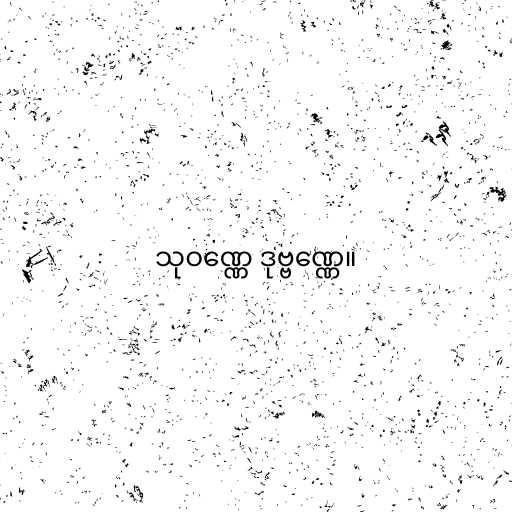
သုဝဏ္ဏေ ဒုဗ္ဗဏ္ဏေ။